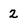
Character: 2